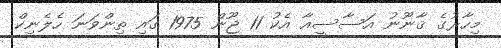
މިހާރުގެ ޤާނޫނު އަސާސީއާ އެކު 11 ޖޫން 1975 ގައި ތިންވަނަ ހެލެނިކް